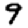
Digit: 9